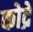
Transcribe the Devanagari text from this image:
कोद्रे